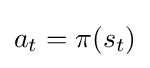
a_{t}=\pi (s_{t})